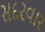
સદરવાર